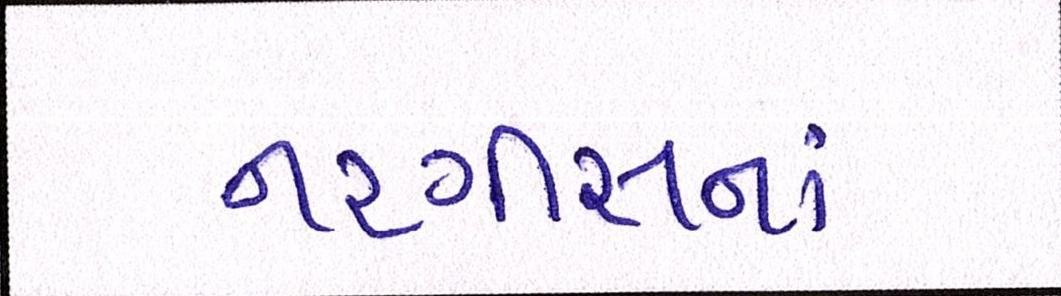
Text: નરગીસનાં